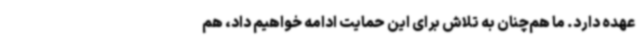
عهده دارد. ما هم‌چنان به تلاش برای این حمایت ادامه خواهیم داد، هم